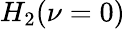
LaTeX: H_{2}(\nu=0)